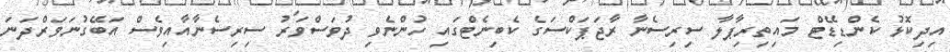
އިދިކޮޅު ކެންޑިޑޭޓް މައިތިރިޕާލާ ސިރިސެނާ ރާޖަޕަކްސަގެ ކެބިނެޓްގައި ހުންނެވި ދުވަސްވަރު ސިރިސެނާއާއިވެސް އަބޭގުނަވަރްދަނަ